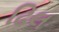
ઢિલ